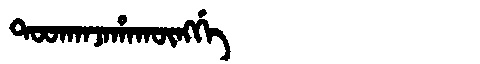
Manchu: ᡨᠣᠣᡴᠠᠨᠵᠠᡥᠠᡴᡡᠩᡤᡝ
Romanization: TOOKANJAHAKŪNGGE